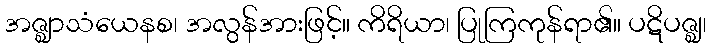
အဇ္ဈာသံယေနစ၊ အလွန်အားဖြင့်။ ကိရိယာ၊ ပြုကြကုန်ရာ၏။ ပဋိပဇ္ဈ၊